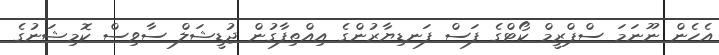
އެހެން ނޫނަމަ ސްޕްރީމް ކޯޓްގެ ފަސް ފަނޑިޔާރުންގެ އިއްތިފާގުން ޖުޑީޝަލް ސާވިސް ކޮމިޝަނުގެ